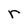
Character: r